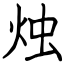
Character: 烛